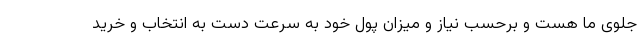
جلوی ما هست و برحسب نیاز و میزان پول خود به سرعت دست به انتخاب و خرید